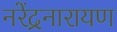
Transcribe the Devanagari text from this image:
नरेंद्रनारायण